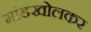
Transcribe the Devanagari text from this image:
मांडखोलकर